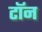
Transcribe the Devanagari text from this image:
टॉन